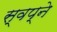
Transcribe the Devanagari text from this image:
स्वप्‍ने